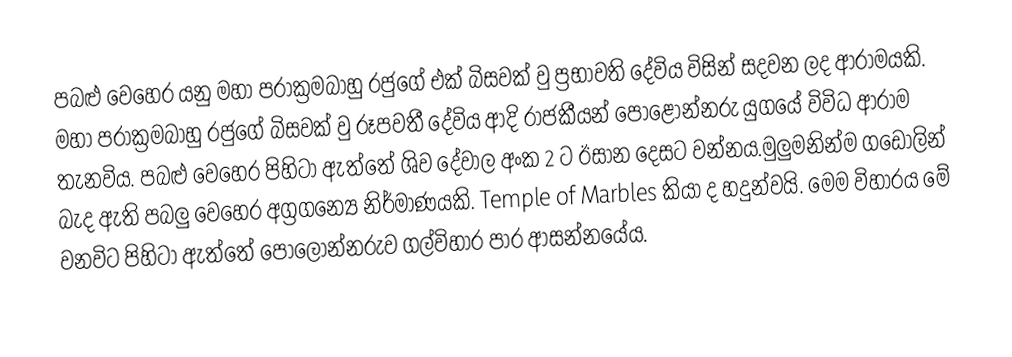
පබළු වෙහෙර යනු  මහා පරාක්‍රමබාහු රජුගේ එක් බිසවක් වු ප්‍රභාවති දේවිය විසින් සදවන ලද ආරාමයකි. මහා පරාක්‍රමබාහු රජුගේ බිසවක් වු රූපවතී දේවිය ආදි රාජකීයන් පොළොන්නරු යුගයේ විවිධ ආරාම තැනවිය. පබළු වෙහෙර පිහිටා ඇත්තේ ශිව දේවාල අංක 2 ට ඊසාන දෙසට වන්නය.මුලුමනින්ම ගඩොලින් බැද ඇති පබලු වෙහෙර අග්‍රගන්‍යේ නිර්මාණයකි. Temple of Marbles කියා ද හදුන්වයි. මෙම විහාරය මේ වනවිට පිහිටා ඇත්තේ පොලොන්නරුව ගල්විහාර පාර ආසන්නයේය.